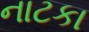
નાટકા